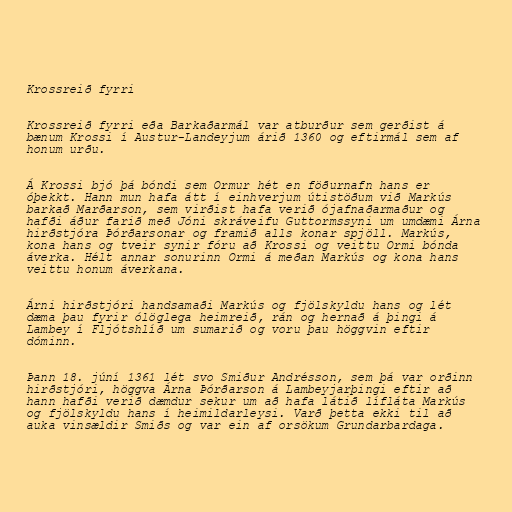
Krossreið fyrri

Krossreið fyrri eða Barkaðarmál var atburður sem gerðist á
bænum Krossi í Austur-Landeyjum árið 1360 og eftirmál sem af
honum urðu.

Á Krossi bjó þá bóndi sem Ormur hét en föðurnafn hans er
óþekkt. Hann mun hafa átt í einhverjum útistöðum við Markús
barkað Marðarson, sem virðist hafa verið ójafnaðarmaður og
hafði áður farið með Jóni skráveifu Guttormssyni um umdæmi Árna
hirðstjóra Þórðarsonar og framið alls konar spjöll. Markús,
kona hans og tveir synir fóru að Krossi og veittu Ormi bónda
áverka. Hélt annar sonurinn Ormi á meðan Markús og kona hans
veittu honum áverkana.

Árni hirðstjóri handsamaði Markús og fjölskyldu hans og lét
dæma þau fyrir ólöglega heimreið, rán og hernað á þingi á
Lambey í Fljótshlíð um sumarið og voru þau höggvin eftir
dóminn.

Þann 18. júní 1361 lét svo Smiður Andrésson, sem þá var orðinn
hirðstjóri, höggva Árna Þórðarson á Lambeyjarþingi eftir að
hann hafði verið dæmdur sekur um að hafa látið lífláta Markús
og fjölskyldu hans í heimildarleysi. Varð þetta ekki til að
auka vinsældir Smiðs og var ein af orsökum Grundarbardaga.